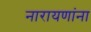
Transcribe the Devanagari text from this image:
नारायणांना